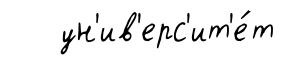
ун'ив'ерс'ит'е́т